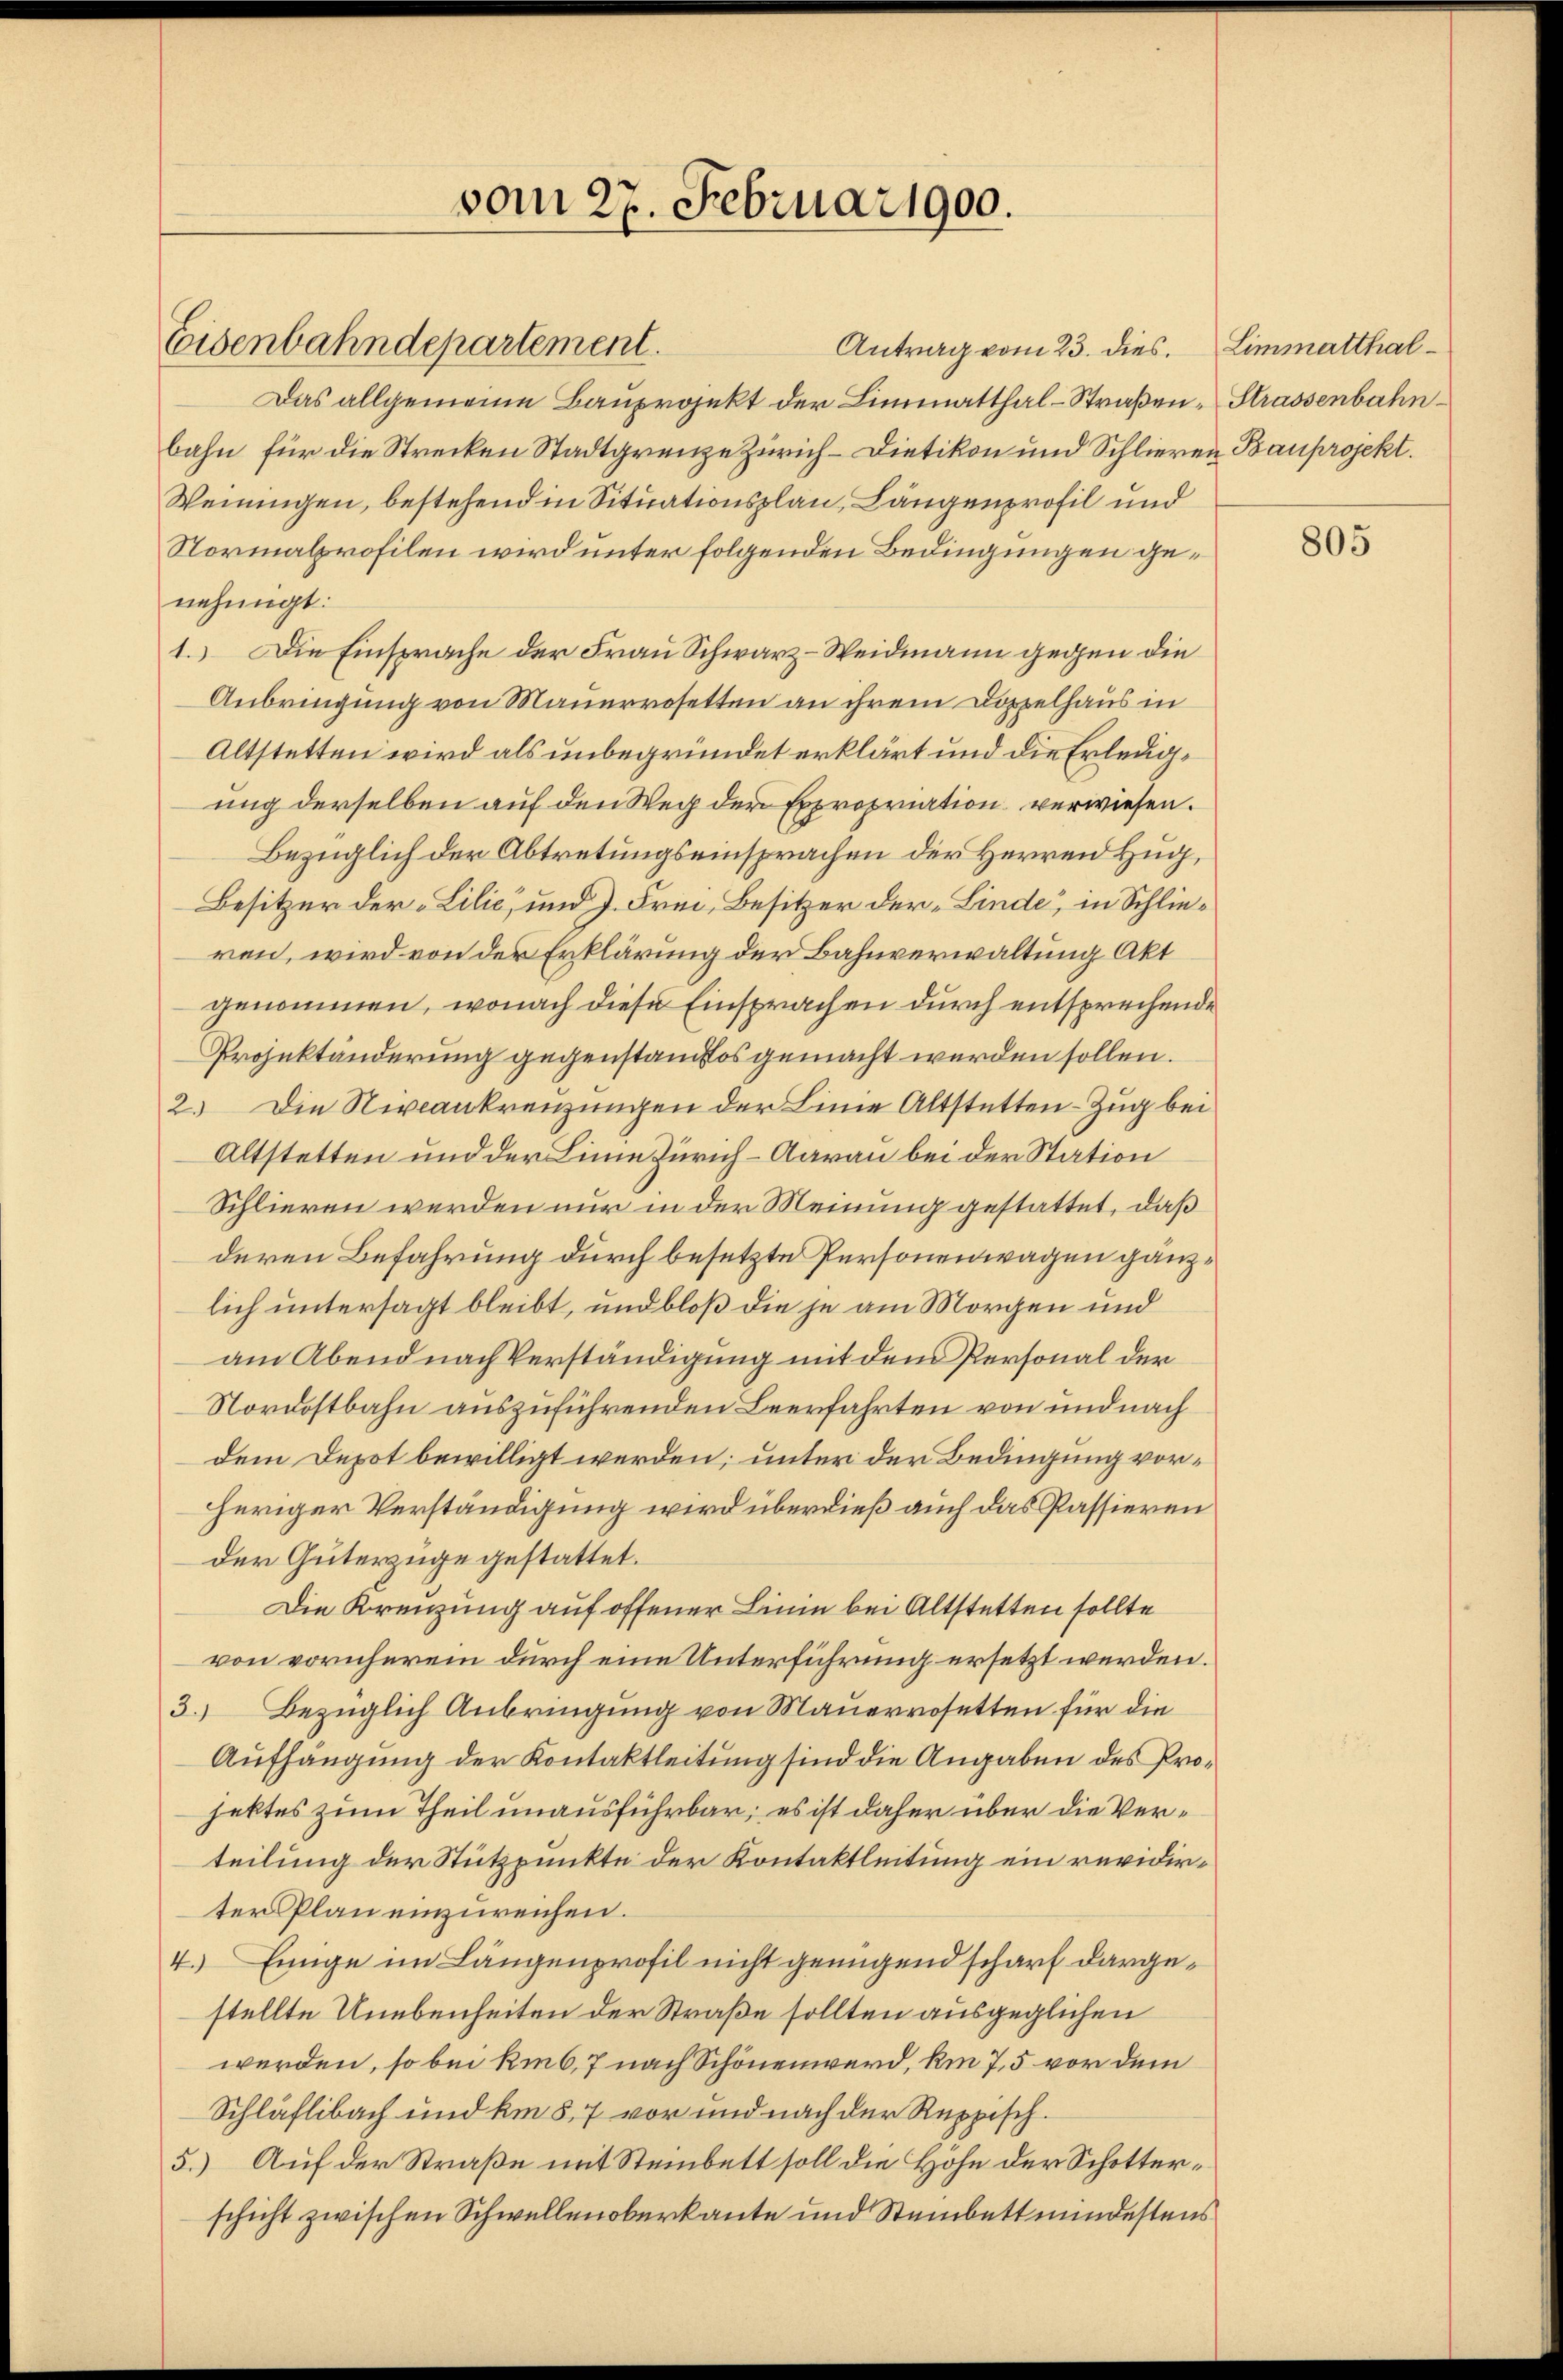
Eisenbahndepartement.
Antrag vom 23. dies
Das allgemeine Bauprojekt der Limmatthal-Straßen- Strassenbahnbahn für die Strecken Stadtgrenze Zürich–Dietikon und Schlieren Bauprojekt.
Weiningen, bestehend in Situationsplan, Längenprofil und
Normalprofilen wird unter folgenden Bedingungen genehmigt:
1.) Die Einsprache der Frau Schwarz-Weidmann gegen die
Anbringung von Mauerrosetten an ihrem Doppelhaus in
Altstetten wird als unbegründet erklärt und die Erleuaung derselben auf den Weg der Expropriation verwiesen.
Bezüglich der Abtretungseinsprachen der Herren Zug,
Besitzer der „Lilie, und J. Frei, Besitzer der „Linde, in Schlieren, wird von der Erklärung der Bahnverwaltung Akt
genommen, wonach diese Einsprachen durch entsprechende
Projektänderung gegenstandtos gemacht werden sollen.
2.) Die Nivankreuzungen der Linie Altstetten-Zug bei
Altstetten und der Linie Zürich – Aarau bei der Station
Schlieren werden nur in der Meinung gestattet, daß
deren Befahrung durch besetzte Personenwagen gänzlich untersagt bleibt, und bloß die je am Morgen und
am Abend nach Verständigung mit dem Personal der
Nordostbahn auszuführenden Beerfahrten von und nach
dem Depot bewilligt werden; unter der Bedingung vorheriger Verständigung wird überdieß auch das Passieren
der Güterzüge gestattet.
Die Kreuzung auf offener Linie bei Altstetten sollte
von vornherein durch eine Unterführung ersetzt werden.
3.) Bezüglich Anbringung von Mauerrosetten für die
Aufhängung der Kontaktleitung sind die Angaben des Projektes zum Theil unausführbar; es ist daher über die Verteilung der Stützpunkte der Kontaktleitung ein revidirter Plan einzureichen.
4. Einige im Längenprofil nicht genügend scharf dargestellte Unebenheiten der Straße sollten ausgeglichen
werden, so bei kint, 7 nach Schönenwerd, km 7,5 vor dem
Schläflibach und am 8,7 vor und nach der Reppisch¬
5.) Auf der Straße mit Steinbett soll die Höhe der Schotterschicht zwischen Schwellenoberkante und Steinbett mindestens

vom 27. Februar 1900.

Limmatthal¬

805